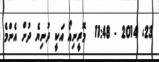
23